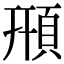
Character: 𩒖